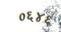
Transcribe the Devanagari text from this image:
०६४६